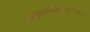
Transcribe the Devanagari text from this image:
अफगणिस्तानवर